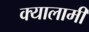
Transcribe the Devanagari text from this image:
क्यालामी